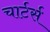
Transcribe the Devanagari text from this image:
चार्टर्स